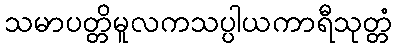
သမာပတ္တိမူလကသပ္ပါယကာရီသုတ္တံ